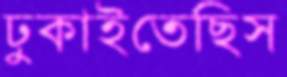
ঢুকাইতেছিস